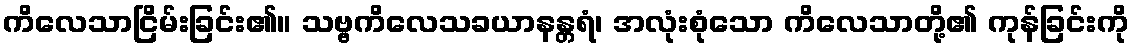
ကိလေသာငြိမ်းခြင်း၏။ သဗ္ဗကိလေသခယာနန္တရံ၊ အလုံးစုံသော ကိလေသာတို့၏ ကုန်ခြင်းကို